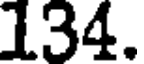
134.